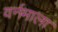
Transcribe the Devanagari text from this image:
वर्नमाला